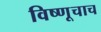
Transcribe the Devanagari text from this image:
विष्णूचाच